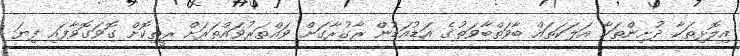
އިލޮޅިތަކާ ދުށިންތަކާ އަލަކަތައް ބާވަތްބާވަތުގެ އަޑުއަޑުން ރާގުރާގަށް ވައްތަރުވައްތަރަށް ރީތިކޮށް ގޮވަގޮވާފައި ފިޔަ